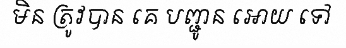
មិន ត្រូវបាន គេ បញ្ជូន អោយ ទៅ